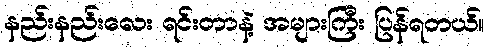
နည်းနည်းလေး ရင်းတာနဲ့ အများကြီး ပြန်ရတယ်။